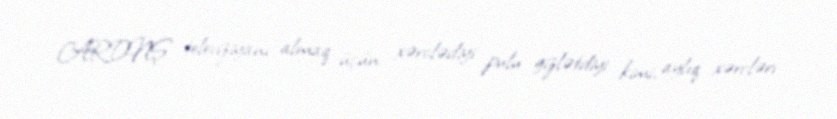
ARDNŞ televiziyanı almaq üçün xərclədiyi pulu gizlətdiyi kimi, aylıq xərcləri